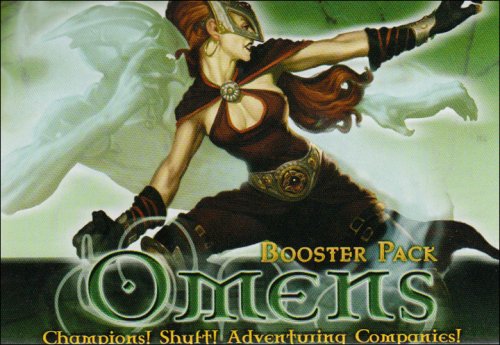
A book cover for Mage Knight Omens Booster Pack; Science Fiction & Fantasy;